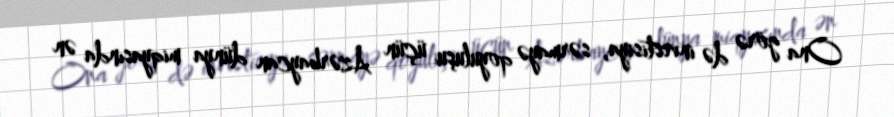
Ona görə də investisiya, sərmayə qoyuluşu üçün Azərbaycan dünya miqyasında ən